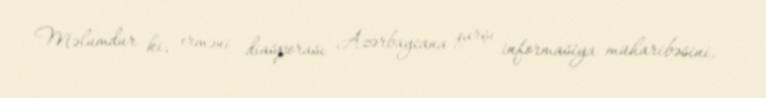
Məlumdur ki, erməni diasporası Azərbaycana qarşı informasiya müharibəsini,